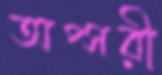
অপ্সরী